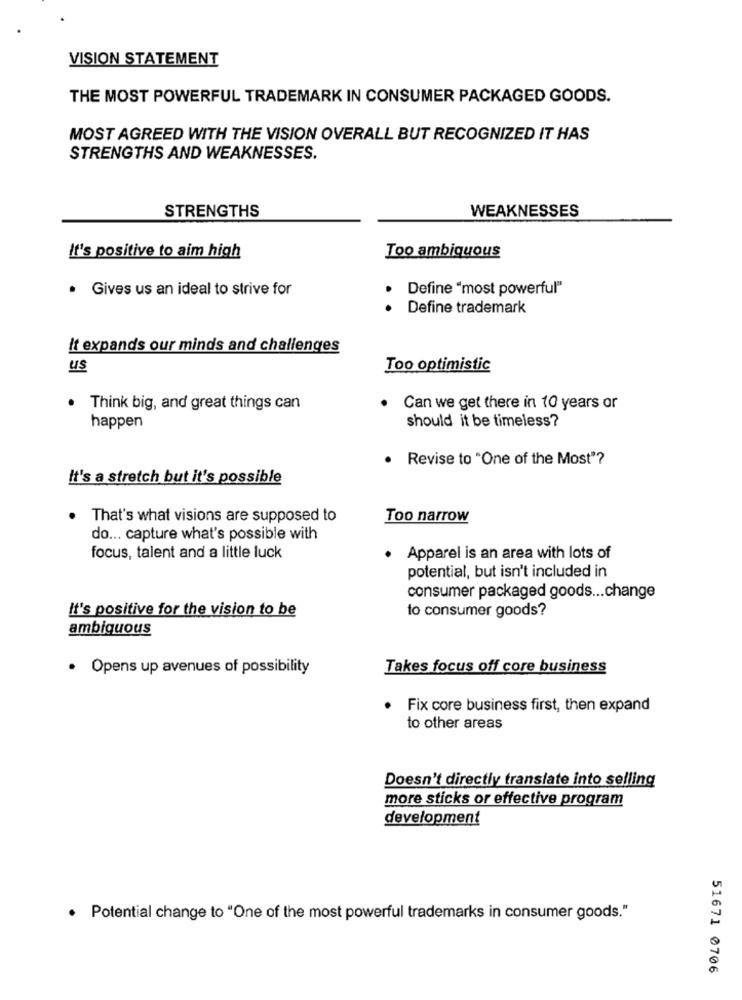
VISION STATEMENT
THE MOST POWERFUL TRADEMARK IN CONSUMER PACKAGED GOODS.
MOST AGREED WITH THE VISION OVERALL BUT RECOGNIZED IT HAS
STRENGTHS AND WEAKNESSES.
STRENGTHS
WEAKNESSES
Too ambiguous
It's positive to aim high
· Gives us an ideal to strive for
Define "most powerful"
Define trademark
It expands our minds and challenges
us
Too optimistic
. Think big, and great things can
Can we get there in 10 years or
should it be timeless?
happen
Revise to "One of the Most"?
It's a stretch but it's possible
That's what visions are supposed to
Too narrow
do ... capture what's possible with
focus, talent and a little luck
· Apparel is an area with lots of
potential, but isn't included in
consumer packaged goods ... change
It's positive for the vision to be
to consumer goods?
ambiguous
· Opens up avenues of possibility
Takes focus off core business
. Fix core business first, then expand
to other areas
Doesn't directly translate into selling
more sticks or effective program
development
· Potential change to "One of the most powerful trademarks in consumer goods."
51671 0706